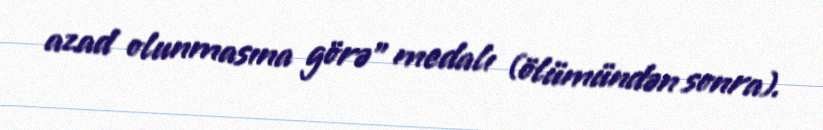
azad olunmasına görə" medalı (ölümündən sonra).